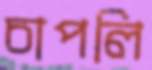
চাপলি